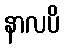
နာလပိ